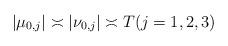
LaTeX: \begin{align*} |\mu_{0, j}| \asymp |\nu_{0, j}| \asymp T (j = 1, 2, 3)\end{align*}